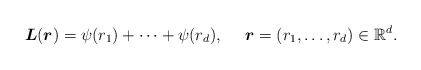
\begin{align*}\boldsymbol{L}(\boldsymbol{r}) = \psi(r_1) + \cdots + \psi(r_d), \,\,\,\,\,\,\,\, \boldsymbol{r} = (r_1, \ldots, r_d) \in \mathbb R^d.\end{align*}